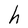
Character: h